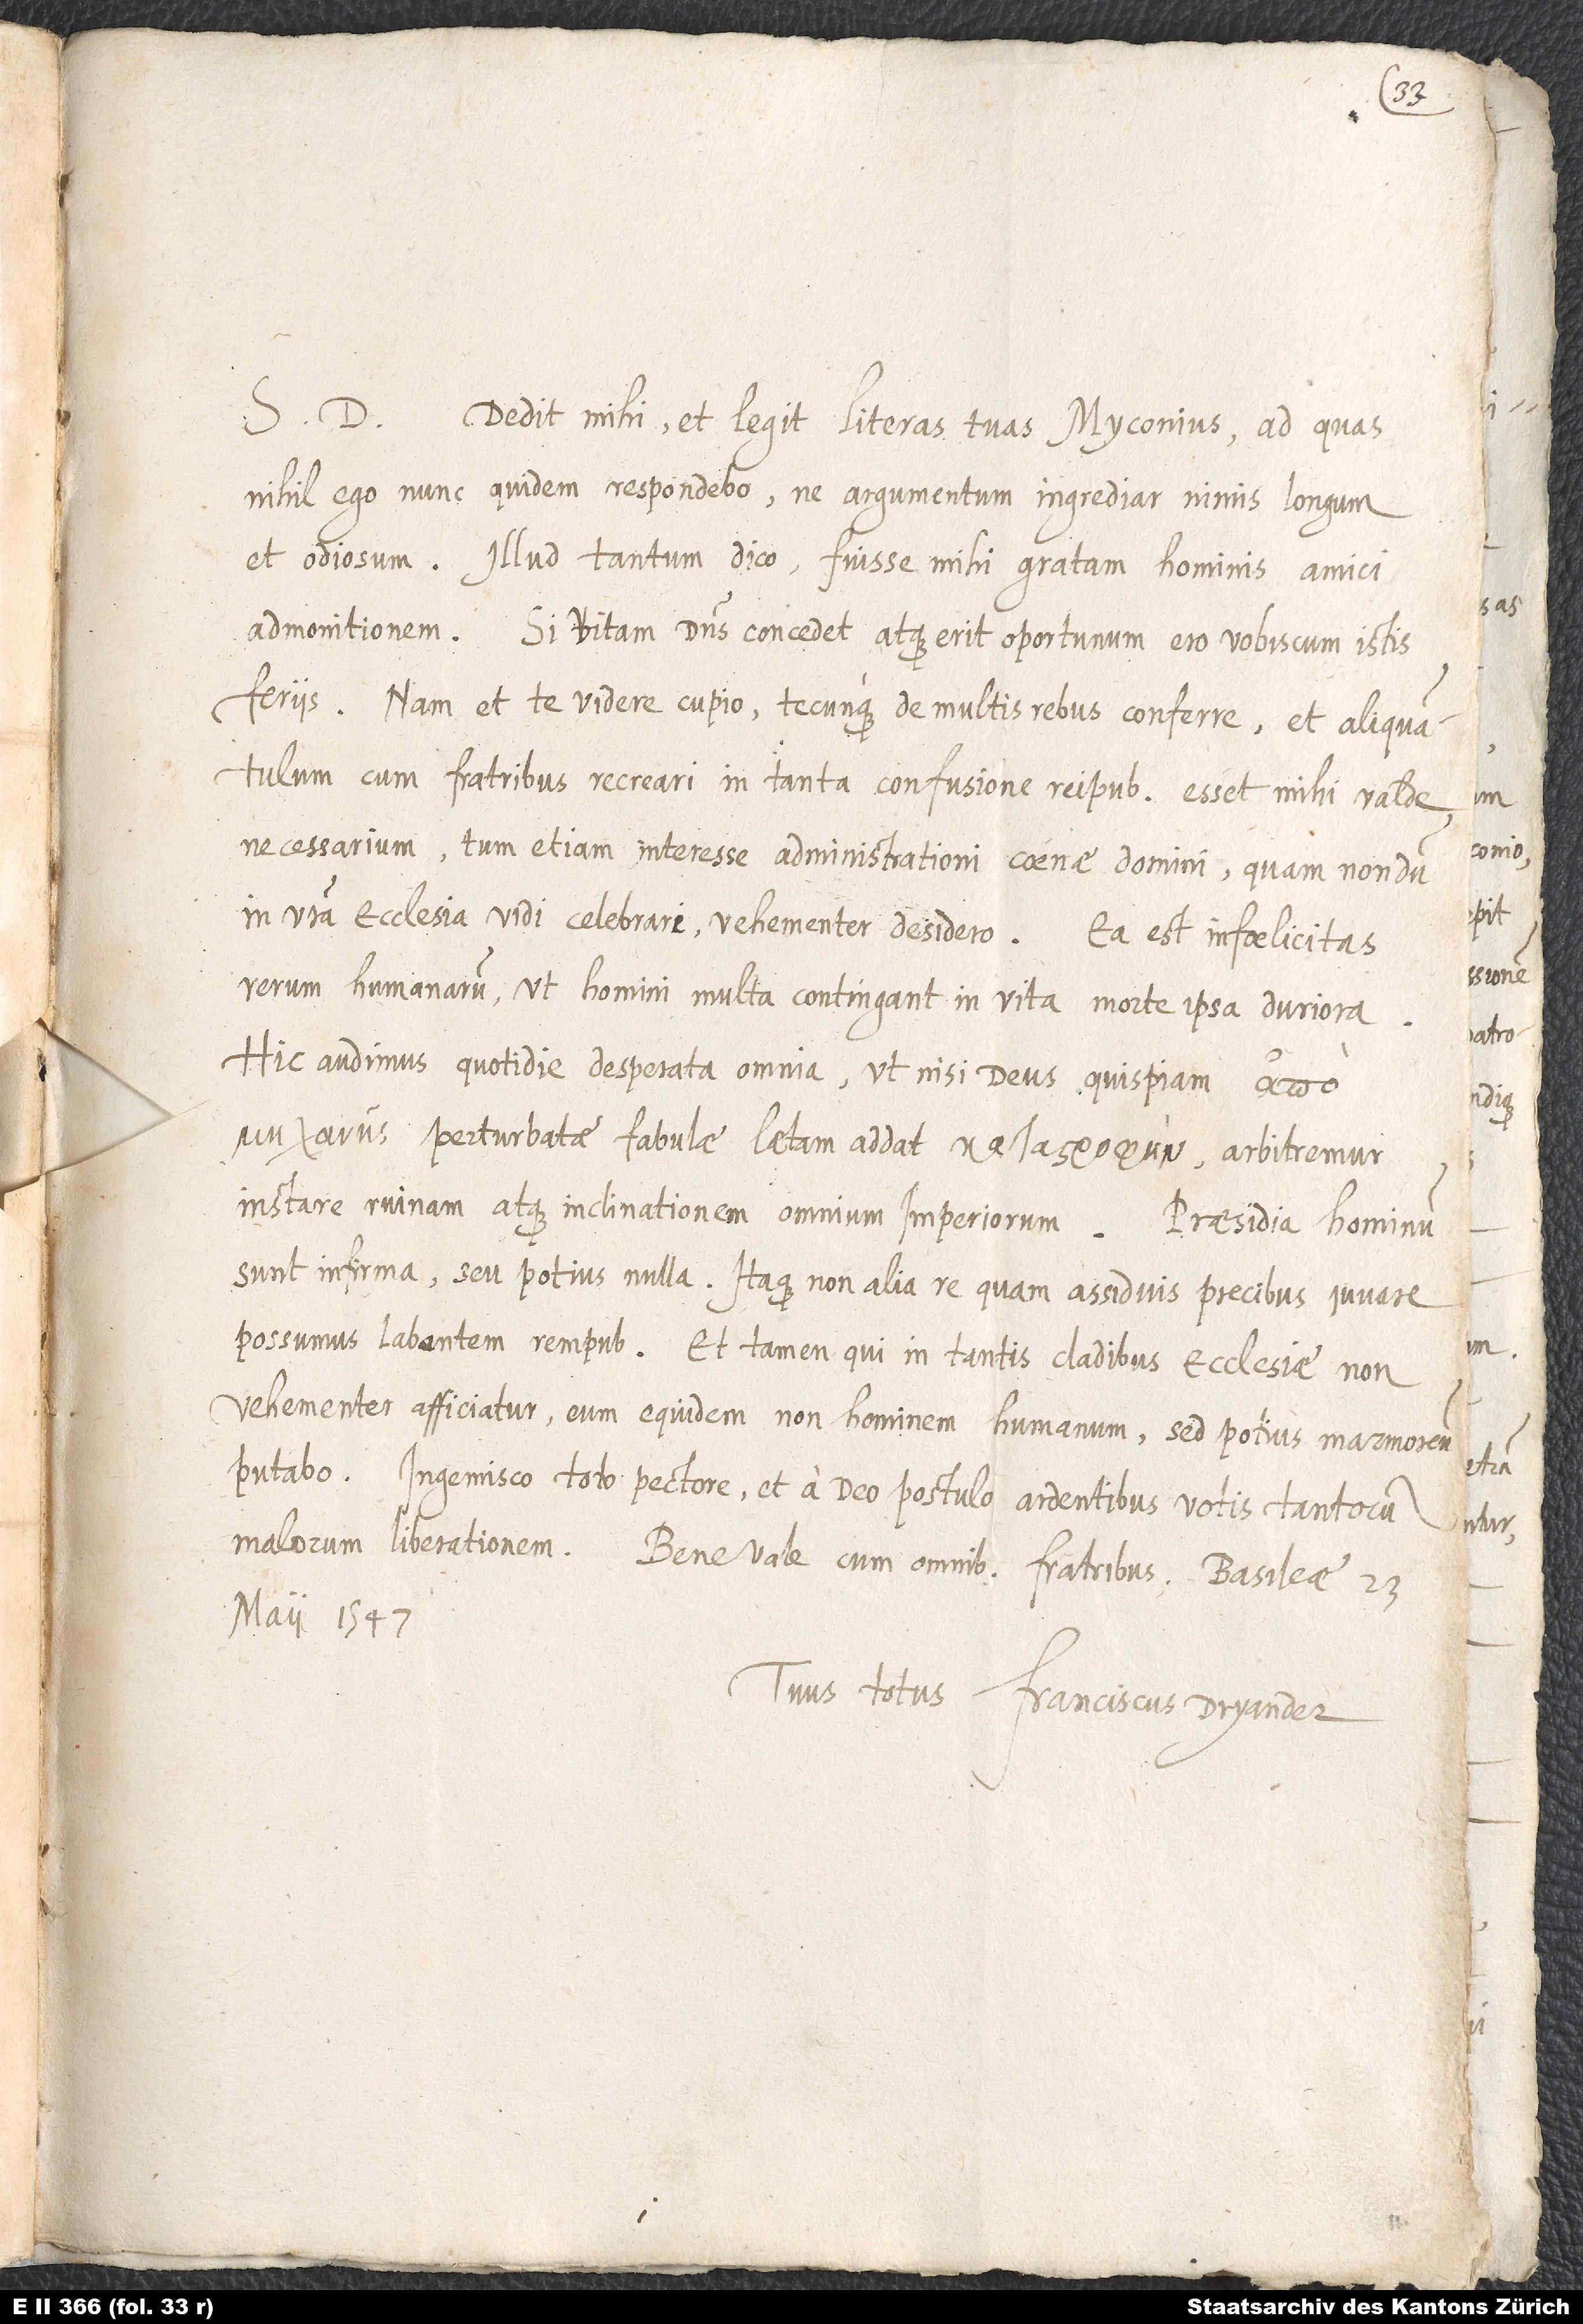
S. D. Dedit mihi et legit literas tuas Myconius, ad quas
nihil ego nunc quidem respondebo, ne argumentum ingrediar nimis longum
et odiosum. Illud tantum dico fuisse mihi gratam hominis amici
admonitionem. Si vitam dominus concedet atque erit oportunum, ero vobiscum istis
feriis; nam et te videre cupio tecunque de multis rebus conferre, et aliquantulum
cum fratribus recreari in tanta confusione reipublicae esset mihi valde
ecclesia vidi celebrari, vehementer desidero. Ea est infoelicitas
rerum humanarum, ut homini multa contingant in vita morte ipsa duriora.
Hic audimus quotidie desperata omnia, ut, nisi deus quispiam
perturbatae fabulae latam addat , arbitremur
instare ruinam atque inclinationem omnium imperiorum. Praesidia hominum
sunt infirma seu potius nulla. Itaque non alia re quam assiduis precibus iuvare
possumus labantem rempublicam, et tamen, qui in tantis cladibus ecclesiae non
vehementer afficiatur, eum equidem non hominem
humanum, sed potius marmoreum
putabo. Ingemisco toto pectore et a deo postulo
ardentibus votis tantorum
malorum liberationem. Bene vale cum omnibus
fratribus. Basileae, 23.
maii 1547.
Tuus totuis
Franciscus Dryander.

in
etiam